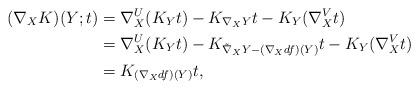
LaTeX: \begin{align*}(\nabla_X K)(Y;t)&=\nabla^U_X(K_Y t)-K_{\nabla_X Y}t-K_Y(\nabla^V_X t) \\&=\nabla^U_X(K_Y t)-K_{\tilde{\nabla}_X Y-(\nabla_X df)(Y)}t-K_Y(\nabla^V_X t) \\&=K_{(\nabla_X df)(Y)}t, \end{align*}